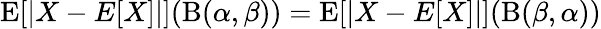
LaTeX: \operatorname{E}[|X-E[X]|](\mathrm{B}(\alpha,\beta))=\operatorname{E}[|X-E[X]|](\mathrm{B}(\beta,\alpha))